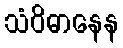
သံဝိဓာနေန